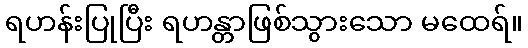
ရဟန်းပြုပြီး ရဟန္တာဖြစ်သွားသော မထေရ်။